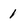
Character: 1